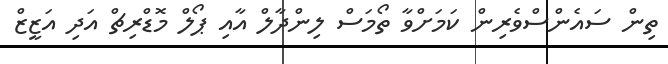
ތިން ސަައެންސްވެރިން ކަމަށްވާ ތޯމަސް ލިންދާލް އާއި ޕޯލް މޮޑްރިޗް އަދި އަޒީޒް